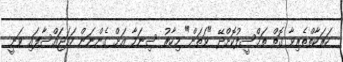
ހަރަކާތްތެރިވާ ގޮތް ތަމްސީލުކޮށްދޭ "ވަތަން" މިހާރު ސިނަމާ އަށް ގެންނަން ހަމަޖައްސާފައި ވަނީ